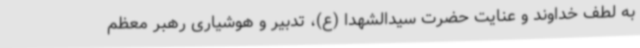
به لطف خداوند و عنایت حضرت سیدالشهدا (ع)، تدبیر و هوشیاری رهبر معظم